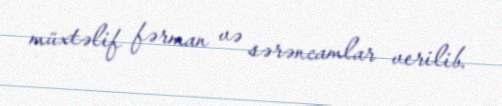
müxtəlif fərman və sərəncamlar verilib.